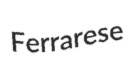
Ferrarese